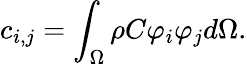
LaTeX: c_{i,j}=\int_{\Omega}\rho C\varphi_{i}\varphi_{j}d\Omega.